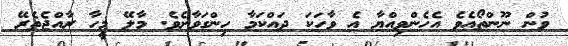
ވުން ނޫންތޯއެވެ އެހެންވިއްޔާ އެ ވާހަކަ ދައްކަމާ ހިންގަވާށެވެ. މާލޭ މީހާ ރާއްޖެތެރޭ